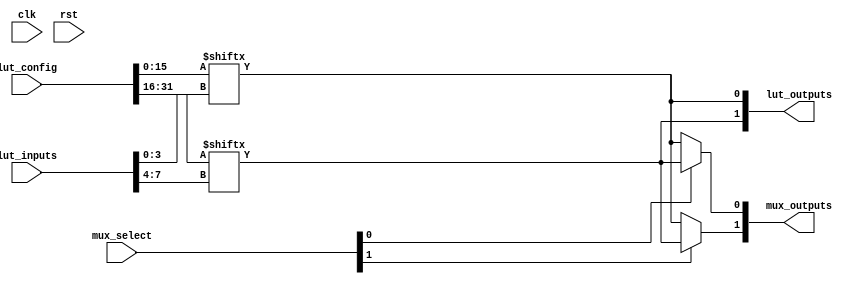
module CLB #(
    parameter LUT_SIZE = 16, // Size of LUT (2^N for N inputs)
    parameter NUM_LUTS = 2,   // Number of LUTs
    parameter NUM_FF = 1,     // Number of Flip-Flops
    parameter NUM_MUXES = 2   // Number of MUXes
)(
    input  wire [NUM_LUTS*4-1:0] lut_inputs, // Inputs to the LUTs
    input  wire [NUM_LUTS*LUT_SIZE-1:0] lut_config, // LUT configuration
    input  wire [NUM_MUXES-1:0] mux_select,  // MUX select signals
    input  wire [NUM_LUTS-1:0] clk,           // Clock for FFs
    input  wire [NUM_LUTS-1:0] rst,           // Reset for FFs
    output wire [NUM_LUTS-1:0] lut_outputs,    // Outputs from the LUTs
    output wire [NUM_MUXES-1:0] mux_outputs     // Outputs from the MUXes
);

// Look-up Table (LUT) implementation
genvar i;
generate
    for (i = 0; i < NUM_LUTS; i = i + 1) begin : lut_block
        reg [LUT_SIZE-1:0] lut; // LUT storage
        wire [3:0] lut_input; // 4-bit input for LUT

        assign lut_input = lut_inputs[i*4 +: 4]; // Slice the input for current LUT
        assign lut_outputs[i] = lut[lut_input]; // Output based on LUT configuration

        // Initialize LUT with configuration
        always @(*) begin
            lut = lut_config[i*LUT_SIZE +: LUT_SIZE];
        end
    end
endgenerate

// Multiplexer implementation
generate
    for (i = 0; i < NUM_MUXES; i = i + 1) begin : mux_block
        wire [NUM_LUTS-1:0] mux_inputs; // MUX inputs from LUTs
        assign mux_inputs = lut_outputs; // Connect LUT outputs to MUX inputs

        // 2-to-1 MUX
        assign mux_outputs[i] = (mux_select[i]) ? mux_inputs[1] : mux_inputs[0];
    end
endgenerate

// Flip-Flop implementation
generate
    for (i = 0; i < NUM_FF; i = i + 1) begin : ff_block
        reg ff_reg;
        
        always @(posedge clk[i] or posedge rst[i]) begin
            if (rst[i]) begin
                ff_reg <= 1'b0; // Reset value
            end else begin
                ff_reg <= mux_outputs[i]; // Store MUX output
            end
        end
    end
endgenerate

endmodule